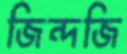
জিন্দজি